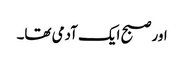
اور صبح ایک آدمی تھا۔